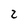
Character: 2